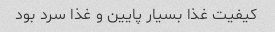
کیفیت غذا بسیار پایین و غذا سرد بود